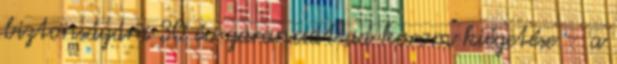
biztonságára 30 év garanciát ad korom kiégetése – a